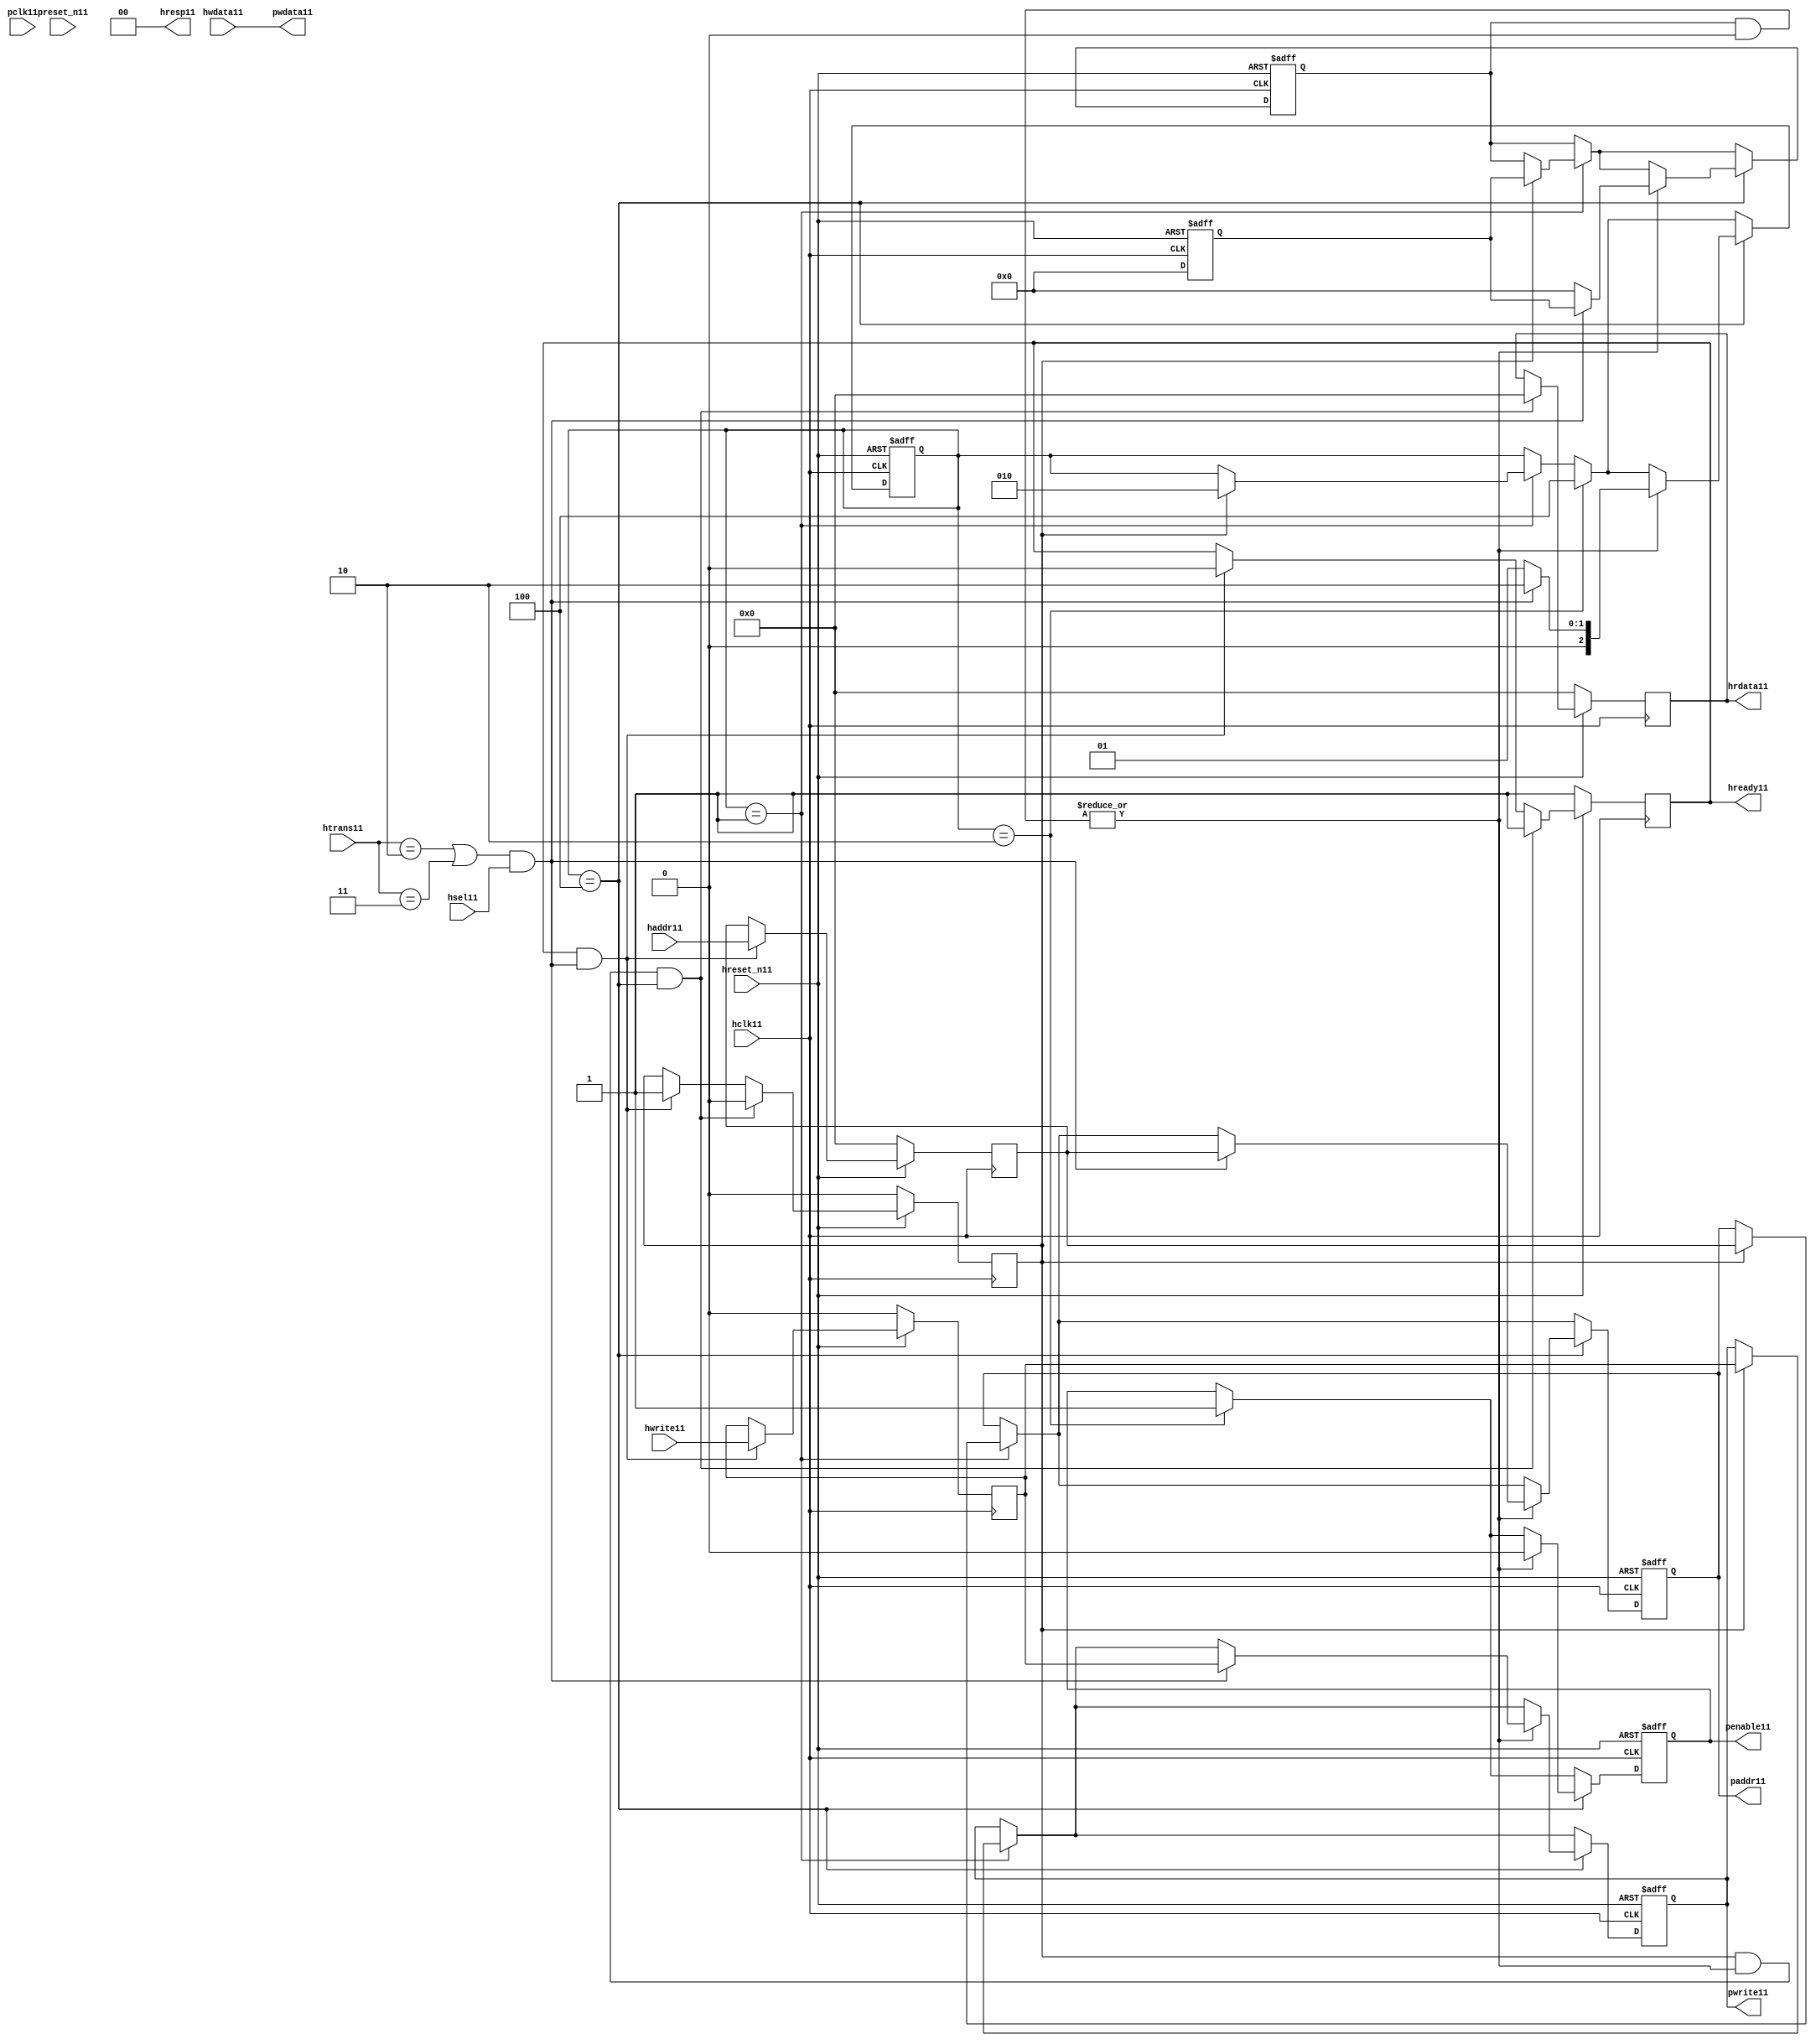
module ahb2apb11
(
  // AHB11 signals11
  hclk11,
  hreset_n11,
  hsel11,
  haddr11,
  htrans11,
  hwdata11,
  hwrite11,
  hrdata11,
  hready11,
  hresp11,
  
  // APB11 signals11 common to all APB11 slaves11
  pclk11,
  preset_n11,
  paddr11,
  penable11,
  pwrite11,
  pwdata11
  
  // Slave11 0 signals11
  `ifdef APB_SLAVE011
  ,psel011
  ,pready011
  ,prdata011
  `endif
  
  // Slave11 1 signals11
  `ifdef APB_SLAVE111
  ,psel111
  ,pready111
  ,prdata111
  `endif
  
  // Slave11 2 signals11
  `ifdef APB_SLAVE211
  ,psel211
  ,pready211
  ,prdata211
  `endif
  
  // Slave11 3 signals11
  `ifdef APB_SLAVE311
  ,psel311
  ,pready311
  ,prdata311
  `endif
  
  // Slave11 4 signals11
  `ifdef APB_SLAVE411
  ,psel411
  ,pready411
  ,prdata411
  `endif
  
  // Slave11 5 signals11
  `ifdef APB_SLAVE511
  ,psel511
  ,pready511
  ,prdata511
  `endif
  
  // Slave11 6 signals11
  `ifdef APB_SLAVE611
  ,psel611
  ,pready611
  ,prdata611
  `endif
  
  // Slave11 7 signals11
  `ifdef APB_SLAVE711
  ,psel711
  ,pready711
  ,prdata711
  `endif
  
  // Slave11 8 signals11
  `ifdef APB_SLAVE811
  ,psel811
  ,pready811
  ,prdata811
  `endif
  
  // Slave11 9 signals11
  `ifdef APB_SLAVE911
  ,psel911
  ,pready911
  ,prdata911
  `endif
  
  // Slave11 10 signals11
  `ifdef APB_SLAVE1011
  ,psel1011
  ,pready1011
  ,prdata1011
  `endif
  
  // Slave11 11 signals11
  `ifdef APB_SLAVE1111
  ,psel1111
  ,pready1111
  ,prdata1111
  `endif
  
  // Slave11 12 signals11
  `ifdef APB_SLAVE1211
  ,psel1211
  ,pready1211
  ,prdata1211
  `endif
  
  // Slave11 13 signals11
  `ifdef APB_SLAVE1311
  ,psel1311
  ,pready1311
  ,prdata1311
  `endif
  
  // Slave11 14 signals11
  `ifdef APB_SLAVE1411
  ,psel1411
  ,pready1411
  ,prdata1411
  `endif
  
  // Slave11 15 signals11
  `ifdef APB_SLAVE1511
  ,psel1511
  ,pready1511
  ,prdata1511
  `endif
  
);

parameter 
  APB_SLAVE0_START_ADDR11  = 32'h00000000,
  APB_SLAVE0_END_ADDR11    = 32'h00000000,
  APB_SLAVE1_START_ADDR11  = 32'h00000000,
  APB_SLAVE1_END_ADDR11    = 32'h00000000,
  APB_SLAVE2_START_ADDR11  = 32'h00000000,
  APB_SLAVE2_END_ADDR11    = 32'h00000000,
  APB_SLAVE3_START_ADDR11  = 32'h00000000,
  APB_SLAVE3_END_ADDR11    = 32'h00000000,
  APB_SLAVE4_START_ADDR11  = 32'h00000000,
  APB_SLAVE4_END_ADDR11    = 32'h00000000,
  APB_SLAVE5_START_ADDR11  = 32'h00000000,
  APB_SLAVE5_END_ADDR11    = 32'h00000000,
  APB_SLAVE6_START_ADDR11  = 32'h00000000,
  APB_SLAVE6_END_ADDR11    = 32'h00000000,
  APB_SLAVE7_START_ADDR11  = 32'h00000000,
  APB_SLAVE7_END_ADDR11    = 32'h00000000,
  APB_SLAVE8_START_ADDR11  = 32'h00000000,
  APB_SLAVE8_END_ADDR11    = 32'h00000000,
  APB_SLAVE9_START_ADDR11  = 32'h00000000,
  APB_SLAVE9_END_ADDR11    = 32'h00000000,
  APB_SLAVE10_START_ADDR11  = 32'h00000000,
  APB_SLAVE10_END_ADDR11    = 32'h00000000,
  APB_SLAVE11_START_ADDR11  = 32'h00000000,
  APB_SLAVE11_END_ADDR11    = 32'h00000000,
  APB_SLAVE12_START_ADDR11  = 32'h00000000,
  APB_SLAVE12_END_ADDR11    = 32'h00000000,
  APB_SLAVE13_START_ADDR11  = 32'h00000000,
  APB_SLAVE13_END_ADDR11    = 32'h00000000,
  APB_SLAVE14_START_ADDR11  = 32'h00000000,
  APB_SLAVE14_END_ADDR11    = 32'h00000000,
  APB_SLAVE15_START_ADDR11  = 32'h00000000,
  APB_SLAVE15_END_ADDR11    = 32'h00000000;

  // AHB11 signals11
input        hclk11;
input        hreset_n11;
input        hsel11;
input[31:0]  haddr11;
input[1:0]   htrans11;
input[31:0]  hwdata11;
input        hwrite11;
output[31:0] hrdata11;
reg   [31:0] hrdata11;
output       hready11;
output[1:0]  hresp11;
  
  // APB11 signals11 common to all APB11 slaves11
input       pclk11;
input       preset_n11;
output[31:0] paddr11;
reg   [31:0] paddr11;
output       penable11;
reg          penable11;
output       pwrite11;
reg          pwrite11;
output[31:0] pwdata11;
  
  // Slave11 0 signals11
`ifdef APB_SLAVE011
  output      psel011;
  input       pready011;
  input[31:0] prdata011;
`endif
  
  // Slave11 1 signals11
`ifdef APB_SLAVE111
  output      psel111;
  input       pready111;
  input[31:0] prdata111;
`endif
  
  // Slave11 2 signals11
`ifdef APB_SLAVE211
  output      psel211;
  input       pready211;
  input[31:0] prdata211;
`endif
  
  // Slave11 3 signals11
`ifdef APB_SLAVE311
  output      psel311;
  input       pready311;
  input[31:0] prdata311;
`endif
  
  // Slave11 4 signals11
`ifdef APB_SLAVE411
  output      psel411;
  input       pready411;
  input[31:0] prdata411;
`endif
  
  // Slave11 5 signals11
`ifdef APB_SLAVE511
  output      psel511;
  input       pready511;
  input[31:0] prdata511;
`endif
  
  // Slave11 6 signals11
`ifdef APB_SLAVE611
  output      psel611;
  input       pready611;
  input[31:0] prdata611;
`endif
  
  // Slave11 7 signals11
`ifdef APB_SLAVE711
  output      psel711;
  input       pready711;
  input[31:0] prdata711;
`endif
  
  // Slave11 8 signals11
`ifdef APB_SLAVE811
  output      psel811;
  input       pready811;
  input[31:0] prdata811;
`endif
  
  // Slave11 9 signals11
`ifdef APB_SLAVE911
  output      psel911;
  input       pready911;
  input[31:0] prdata911;
`endif
  
  // Slave11 10 signals11
`ifdef APB_SLAVE1011
  output      psel1011;
  input       pready1011;
  input[31:0] prdata1011;
`endif
  
  // Slave11 11 signals11
`ifdef APB_SLAVE1111
  output      psel1111;
  input       pready1111;
  input[31:0] prdata1111;
`endif
  
  // Slave11 12 signals11
`ifdef APB_SLAVE1211
  output      psel1211;
  input       pready1211;
  input[31:0] prdata1211;
`endif
  
  // Slave11 13 signals11
`ifdef APB_SLAVE1311
  output      psel1311;
  input       pready1311;
  input[31:0] prdata1311;
`endif
  
  // Slave11 14 signals11
`ifdef APB_SLAVE1411
  output      psel1411;
  input       pready1411;
  input[31:0] prdata1411;
`endif
  
  // Slave11 15 signals11
`ifdef APB_SLAVE1511
  output      psel1511;
  input       pready1511;
  input[31:0] prdata1511;
`endif
 
reg         ahb_addr_phase11;
reg         ahb_data_phase11;
wire        valid_ahb_trans11;
wire        pready_muxed11;
wire [31:0] prdata_muxed11;
reg  [31:0] haddr_reg11;
reg         hwrite_reg11;
reg  [2:0]  apb_state11;
wire [2:0]  apb_state_idle11;
wire [2:0]  apb_state_setup11;
wire [2:0]  apb_state_access11;
reg  [15:0] slave_select11;
wire [15:0] pready_vector11;
reg  [15:0] psel_vector11;
wire [31:0] prdata0_q11;
wire [31:0] prdata1_q11;
wire [31:0] prdata2_q11;
wire [31:0] prdata3_q11;
wire [31:0] prdata4_q11;
wire [31:0] prdata5_q11;
wire [31:0] prdata6_q11;
wire [31:0] prdata7_q11;
wire [31:0] prdata8_q11;
wire [31:0] prdata9_q11;
wire [31:0] prdata10_q11;
wire [31:0] prdata11_q11;
wire [31:0] prdata12_q11;
wire [31:0] prdata13_q11;
wire [31:0] prdata14_q11;
wire [31:0] prdata15_q11;

// assign pclk11     = hclk11;
// assign preset_n11 = hreset_n11;
assign hready11   = ahb_addr_phase11;
assign pwdata11   = hwdata11;
assign hresp11  = 2'b00;

// Respond11 to NONSEQ11 or SEQ transfers11
assign valid_ahb_trans11 = ((htrans11 == 2'b10) || (htrans11 == 2'b11)) && (hsel11 == 1'b1);

always @(posedge hclk11) begin
  if (hreset_n11 == 1'b0) begin
    ahb_addr_phase11 <= 1'b1;
    ahb_data_phase11 <= 1'b0;
    haddr_reg11      <= 'b0;
    hwrite_reg11     <= 1'b0;
    hrdata11         <= 'b0;
  end
  else begin
    if (ahb_addr_phase11 == 1'b1 && valid_ahb_trans11 == 1'b1) begin
      ahb_addr_phase11 <= 1'b0;
      ahb_data_phase11 <= 1'b1;
      haddr_reg11      <= haddr11;
      hwrite_reg11     <= hwrite11;
    end
    if (ahb_data_phase11 == 1'b1 && pready_muxed11 == 1'b1 && apb_state11 == apb_state_access11) begin
      ahb_addr_phase11 <= 1'b1;
      ahb_data_phase11 <= 1'b0;
      hrdata11         <= prdata_muxed11;
    end
  end
end

// APB11 state machine11 state definitions11
assign apb_state_idle11   = 3'b001;
assign apb_state_setup11  = 3'b010;
assign apb_state_access11 = 3'b100;

// APB11 state machine11
always @(posedge hclk11 or negedge hreset_n11) begin
  if (hreset_n11 == 1'b0) begin
    apb_state11   <= apb_state_idle11;
    psel_vector11 <= 1'b0;
    penable11     <= 1'b0;
    paddr11       <= 1'b0;
    pwrite11      <= 1'b0;
  end  
  else begin
    
    // IDLE11 -> SETUP11
    if (apb_state11 == apb_state_idle11) begin
      if (ahb_data_phase11 == 1'b1) begin
        apb_state11   <= apb_state_setup11;
        psel_vector11 <= slave_select11;
        paddr11       <= haddr_reg11;
        pwrite11      <= hwrite_reg11;
      end  
    end
    
    // SETUP11 -> TRANSFER11
    if (apb_state11 == apb_state_setup11) begin
      apb_state11 <= apb_state_access11;
      penable11   <= 1'b1;
    end
    
    // TRANSFER11 -> SETUP11 or
    // TRANSFER11 -> IDLE11
    if (apb_state11 == apb_state_access11) begin
      if (pready_muxed11 == 1'b1) begin
      
        // TRANSFER11 -> SETUP11
        if (valid_ahb_trans11 == 1'b1) begin
          apb_state11   <= apb_state_setup11;
          penable11     <= 1'b0;
          psel_vector11 <= slave_select11;
          paddr11       <= haddr_reg11;
          pwrite11      <= hwrite_reg11;
        end  
        
        // TRANSFER11 -> IDLE11
        else begin
          apb_state11   <= apb_state_idle11;      
          penable11     <= 1'b0;
          psel_vector11 <= 'b0;
        end  
      end
    end
    
  end
end

always @(posedge hclk11 or negedge hreset_n11) begin
  if (hreset_n11 == 1'b0)
    slave_select11 <= 'b0;
  else begin  
  `ifdef APB_SLAVE011
     slave_select11[0]   <= valid_ahb_trans11 && (haddr11 >= APB_SLAVE0_START_ADDR11)  && (haddr11 <= APB_SLAVE0_END_ADDR11);
   `else
     slave_select11[0]   <= 1'b0;
   `endif
   
   `ifdef APB_SLAVE111
     slave_select11[1]   <= valid_ahb_trans11 && (haddr11 >= APB_SLAVE1_START_ADDR11)  && (haddr11 <= APB_SLAVE1_END_ADDR11);
   `else
     slave_select11[1]   <= 1'b0;
   `endif  
     
   `ifdef APB_SLAVE211  
     slave_select11[2]   <= valid_ahb_trans11 && (haddr11 >= APB_SLAVE2_START_ADDR11)  && (haddr11 <= APB_SLAVE2_END_ADDR11);
   `else
     slave_select11[2]   <= 1'b0;
   `endif  
     
   `ifdef APB_SLAVE311  
     slave_select11[3]   <= valid_ahb_trans11 && (haddr11 >= APB_SLAVE3_START_ADDR11)  && (haddr11 <= APB_SLAVE3_END_ADDR11);
   `else
     slave_select11[3]   <= 1'b0;
   `endif  
     
   `ifdef APB_SLAVE411  
     slave_select11[4]   <= valid_ahb_trans11 && (haddr11 >= APB_SLAVE4_START_ADDR11)  && (haddr11 <= APB_SLAVE4_END_ADDR11);
   `else
     slave_select11[4]   <= 1'b0;
   `endif  
     
   `ifdef APB_SLAVE511  
     slave_select11[5]   <= valid_ahb_trans11 && (haddr11 >= APB_SLAVE5_START_ADDR11)  && (haddr11 <= APB_SLAVE5_END_ADDR11);
   `else
     slave_select11[5]   <= 1'b0;
   `endif  
     
   `ifdef APB_SLAVE611  
     slave_select11[6]   <= valid_ahb_trans11 && (haddr11 >= APB_SLAVE6_START_ADDR11)  && (haddr11 <= APB_SLAVE6_END_ADDR11);
   `else
     slave_select11[6]   <= 1'b0;
   `endif  
     
   `ifdef APB_SLAVE711  
     slave_select11[7]   <= valid_ahb_trans11 && (haddr11 >= APB_SLAVE7_START_ADDR11)  && (haddr11 <= APB_SLAVE7_END_ADDR11);
   `else
     slave_select11[7]   <= 1'b0;
   `endif  
     
   `ifdef APB_SLAVE811  
     slave_select11[8]   <= valid_ahb_trans11 && (haddr11 >= APB_SLAVE8_START_ADDR11)  && (haddr11 <= APB_SLAVE8_END_ADDR11);
   `else
     slave_select11[8]   <= 1'b0;
   `endif  
     
   `ifdef APB_SLAVE911  
     slave_select11[9]   <= valid_ahb_trans11 && (haddr11 >= APB_SLAVE9_START_ADDR11)  && (haddr11 <= APB_SLAVE9_END_ADDR11);
   `else
     slave_select11[9]   <= 1'b0;
   `endif  
     
   `ifdef APB_SLAVE1011  
     slave_select11[10]  <= valid_ahb_trans11 && (haddr11 >= APB_SLAVE10_START_ADDR11) && (haddr11 <= APB_SLAVE10_END_ADDR11);
   `else
     slave_select11[10]   <= 1'b0;
   `endif  
     
   `ifdef APB_SLAVE1111  
     slave_select11[11]  <= valid_ahb_trans11 && (haddr11 >= APB_SLAVE11_START_ADDR11) && (haddr11 <= APB_SLAVE11_END_ADDR11);
   `else
     slave_select11[11]   <= 1'b0;
   `endif  
     
   `ifdef APB_SLAVE1211  
     slave_select11[12]  <= valid_ahb_trans11 && (haddr11 >= APB_SLAVE12_START_ADDR11) && (haddr11 <= APB_SLAVE12_END_ADDR11);
   `else
     slave_select11[12]   <= 1'b0;
   `endif  
     
   `ifdef APB_SLAVE1311  
     slave_select11[13]  <= valid_ahb_trans11 && (haddr11 >= APB_SLAVE13_START_ADDR11) && (haddr11 <= APB_SLAVE13_END_ADDR11);
   `else
     slave_select11[13]   <= 1'b0;
   `endif  
     
   `ifdef APB_SLAVE1411  
     slave_select11[14]  <= valid_ahb_trans11 && (haddr11 >= APB_SLAVE14_START_ADDR11) && (haddr11 <= APB_SLAVE14_END_ADDR11);
   `else
     slave_select11[14]   <= 1'b0;
   `endif  
     
   `ifdef APB_SLAVE1511  
     slave_select11[15]  <= valid_ahb_trans11 && (haddr11 >= APB_SLAVE15_START_ADDR11) && (haddr11 <= APB_SLAVE15_END_ADDR11);
   `else
     slave_select11[15]   <= 1'b0;
   `endif  
  end
end

assign pready_muxed11 = |(psel_vector11 & pready_vector11);
assign prdata_muxed11 = prdata0_q11  | prdata1_q11  | prdata2_q11  | prdata3_q11  |
                      prdata4_q11  | prdata5_q11  | prdata6_q11  | prdata7_q11  |
                      prdata8_q11  | prdata9_q11  | prdata10_q11 | prdata11_q11 |
                      prdata12_q11 | prdata13_q11 | prdata14_q11 | prdata15_q11 ;

`ifdef APB_SLAVE011
  assign psel011            = psel_vector11[0];
  assign pready_vector11[0] = pready011;
  assign prdata0_q11        = (psel011 == 1'b1) ? prdata011 : 'b0;
`else
  assign pready_vector11[0] = 1'b0;
  assign prdata0_q11        = 'b0;
`endif

`ifdef APB_SLAVE111
  assign psel111            = psel_vector11[1];
  assign pready_vector11[1] = pready111;
  assign prdata1_q11        = (psel111 == 1'b1) ? prdata111 : 'b0;
`else
  assign pready_vector11[1] = 1'b0;
  assign prdata1_q11        = 'b0;
`endif

`ifdef APB_SLAVE211
  assign psel211            = psel_vector11[2];
  assign pready_vector11[2] = pready211;
  assign prdata2_q11        = (psel211 == 1'b1) ? prdata211 : 'b0;
`else
  assign pready_vector11[2] = 1'b0;
  assign prdata2_q11        = 'b0;
`endif

`ifdef APB_SLAVE311
  assign psel311            = psel_vector11[3];
  assign pready_vector11[3] = pready311;
  assign prdata3_q11        = (psel311 == 1'b1) ? prdata311 : 'b0;
`else
  assign pready_vector11[3] = 1'b0;
  assign prdata3_q11        = 'b0;
`endif

`ifdef APB_SLAVE411
  assign psel411            = psel_vector11[4];
  assign pready_vector11[4] = pready411;
  assign prdata4_q11        = (psel411 == 1'b1) ? prdata411 : 'b0;
`else
  assign pready_vector11[4] = 1'b0;
  assign prdata4_q11        = 'b0;
`endif

`ifdef APB_SLAVE511
  assign psel511            = psel_vector11[5];
  assign pready_vector11[5] = pready511;
  assign prdata5_q11        = (psel511 == 1'b1) ? prdata511 : 'b0;
`else
  assign pready_vector11[5] = 1'b0;
  assign prdata5_q11        = 'b0;
`endif

`ifdef APB_SLAVE611
  assign psel611            = psel_vector11[6];
  assign pready_vector11[6] = pready611;
  assign prdata6_q11        = (psel611 == 1'b1) ? prdata611 : 'b0;
`else
  assign pready_vector11[6] = 1'b0;
  assign prdata6_q11        = 'b0;
`endif

`ifdef APB_SLAVE711
  assign psel711            = psel_vector11[7];
  assign pready_vector11[7] = pready711;
  assign prdata7_q11        = (psel711 == 1'b1) ? prdata711 : 'b0;
`else
  assign pready_vector11[7] = 1'b0;
  assign prdata7_q11        = 'b0;
`endif

`ifdef APB_SLAVE811
  assign psel811            = psel_vector11[8];
  assign pready_vector11[8] = pready811;
  assign prdata8_q11        = (psel811 == 1'b1) ? prdata811 : 'b0;
`else
  assign pready_vector11[8] = 1'b0;
  assign prdata8_q11        = 'b0;
`endif

`ifdef APB_SLAVE911
  assign psel911            = psel_vector11[9];
  assign pready_vector11[9] = pready911;
  assign prdata9_q11        = (psel911 == 1'b1) ? prdata911 : 'b0;
`else
  assign pready_vector11[9] = 1'b0;
  assign prdata9_q11        = 'b0;
`endif

`ifdef APB_SLAVE1011
  assign psel1011            = psel_vector11[10];
  assign pready_vector11[10] = pready1011;
  assign prdata10_q11        = (psel1011 == 1'b1) ? prdata1011 : 'b0;
`else
  assign pready_vector11[10] = 1'b0;
  assign prdata10_q11        = 'b0;
`endif

`ifdef APB_SLAVE1111
  assign psel1111            = psel_vector11[11];
  assign pready_vector11[11] = pready1111;
  assign prdata11_q11        = (psel1111 == 1'b1) ? prdata1111 : 'b0;
`else
  assign pready_vector11[11] = 1'b0;
  assign prdata11_q11        = 'b0;
`endif

`ifdef APB_SLAVE1211
  assign psel1211            = psel_vector11[12];
  assign pready_vector11[12] = pready1211;
  assign prdata12_q11        = (psel1211 == 1'b1) ? prdata1211 : 'b0;
`else
  assign pready_vector11[12] = 1'b0;
  assign prdata12_q11        = 'b0;
`endif

`ifdef APB_SLAVE1311
  assign psel1311            = psel_vector11[13];
  assign pready_vector11[13] = pready1311;
  assign prdata13_q11        = (psel1311 == 1'b1) ? prdata1311 : 'b0;
`else
  assign pready_vector11[13] = 1'b0;
  assign prdata13_q11        = 'b0;
`endif

`ifdef APB_SLAVE1411
  assign psel1411            = psel_vector11[14];
  assign pready_vector11[14] = pready1411;
  assign prdata14_q11        = (psel1411 == 1'b1) ? prdata1411 : 'b0;
`else
  assign pready_vector11[14] = 1'b0;
  assign prdata14_q11        = 'b0;
`endif

`ifdef APB_SLAVE1511
  assign psel1511            = psel_vector11[15];
  assign pready_vector11[15] = pready1511;
  assign prdata15_q11        = (psel1511 == 1'b1) ? prdata1511 : 'b0;
`else
  assign pready_vector11[15] = 1'b0;
  assign prdata15_q11        = 'b0;
`endif

endmodule